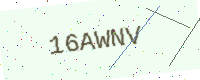
Text: 16AWNV